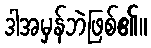
ဒါအမှန်ဘဲဖြစ်၏။